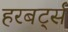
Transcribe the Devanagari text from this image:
हरबर्ट्स